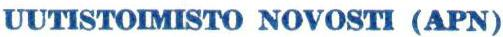
UUTISTOIMISTO NOVOSTI (APN)